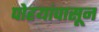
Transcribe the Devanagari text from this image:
पोहयांपासून